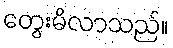
တွေးမိလာသည်။